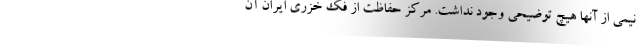
نیمی از آنها هیچ توضیحی وجود نداشت. مرکز حفاظت از فک خزری ایران آن